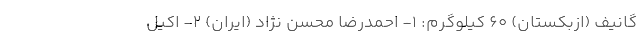
گانیف (ازبکستان) ۶۰ کیلوگرم: ۱- احمدرضا محسن نژاد (ایران) ۲- اکیل